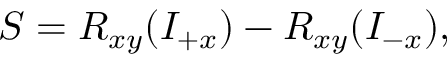
S = R _ { x y } ( I _ { + x } ) - R _ { x y } ( I _ { - x } ) ,